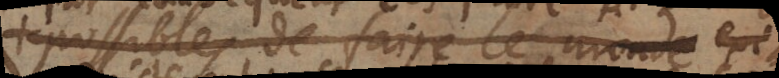
_ de faire le monde _